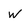
Character: W